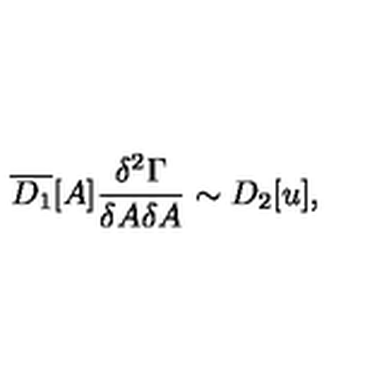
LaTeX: \overline { { D _ { 1 } } } [ A ] \frac { \delta ^ { 2 } \Gamma } { \delta A \delta A } \sim D _ { 2 } [ u ] ,